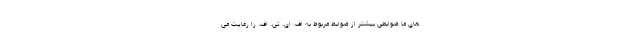
های ما ضوابطی بیشتر از ضوابط مربوط به اف. ای. تی. اف. را رعایت می